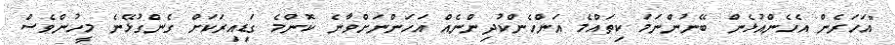
"އަހަރެން އެހެންއުޅެން ބޭނުންނަމަ ކިތައްމެ އަންހެންކުދިންނެއް އަހަންނަށްވާނެ ކޮންމެ ގަޑިއިރަކަށް ގެންގުޅޭނެ މީހުންވެސް